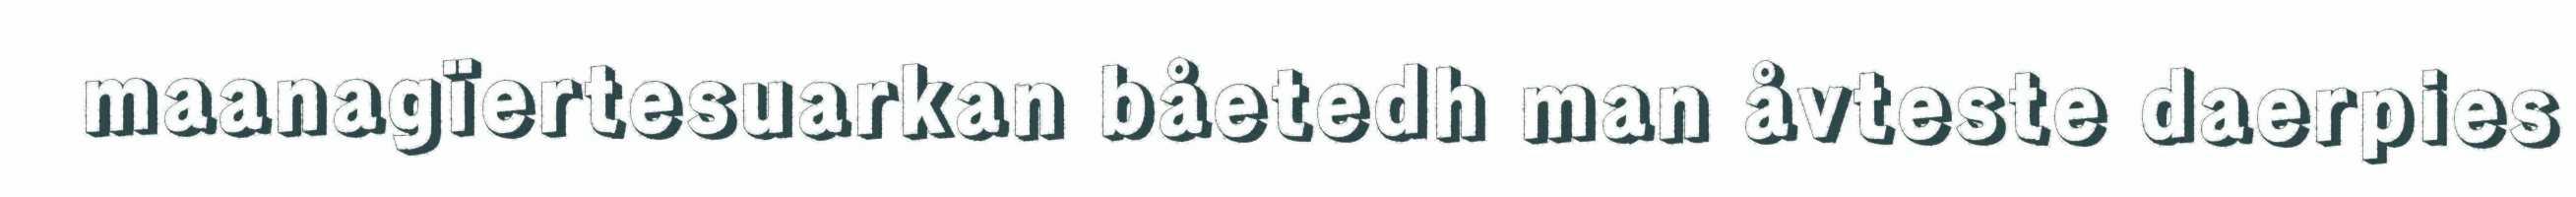
maanagïertesuarkan båetedh man åvteste daerpies